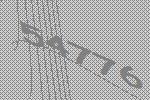
54776